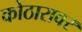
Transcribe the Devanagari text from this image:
कोठारावर